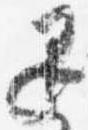
退